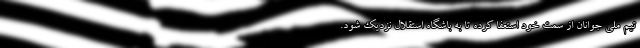
تیم ملی جوانان از سمت خود استعفا کرده تا به باشگاه استقلال نزدیک شود.